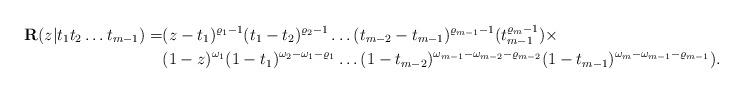
LaTeX: \begin{align*}\textbf{R}(z|t_1 t_2\dots t_{m-1})=&(z-t_1)^{\varrho_1-1}(t_1-t_2)^{\varrho_2-1}\dots(t_{m-2}-t_{m-1})^{\varrho_{m-1}-1}(t_{m-1}^{\varrho_m-1})\times\\&(1-z)^{\omega_1}(1-t_1)^{\omega_2-\omega_1-\varrho_1}\dots(1-t_{m-2})^{\omega_{m-1}-\omega_{m-2}-\varrho_{m-2}}(1-t_{m-1})^{\omega_{m}-\omega_{m-1}-\varrho_{m-1}}).\end{align*}